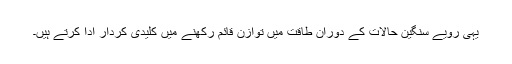
یہی رویے سنگین حالات کے دوران طاقت میں توازن قائم رکھنے میں کلیدی کردار ادا کرتے ہیں۔